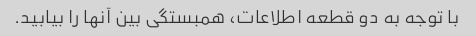
با توجه به دو قطعه اطلاعات، همبستگی بین آنها را بیابید.